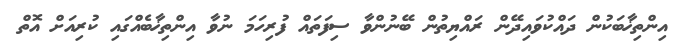
އިންތިޚާބަކުން ދައްކުވައިދޭން ރައްޔިތުން ބޭނުންވާ ސިފަތައް ފުރިހަމަ ނުވާ އިންތިޚާބެއްގައި ކުރިއަށް އޮތް